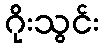
ဂိုးသွင်း